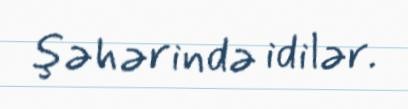
şəhərində idilər.